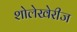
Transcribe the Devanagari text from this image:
शोलेखेरीज